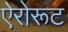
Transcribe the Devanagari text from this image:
ऐरोरूट